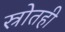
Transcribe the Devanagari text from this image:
स्रोतही